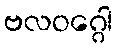
ဗလဝဂ္ဂေါ